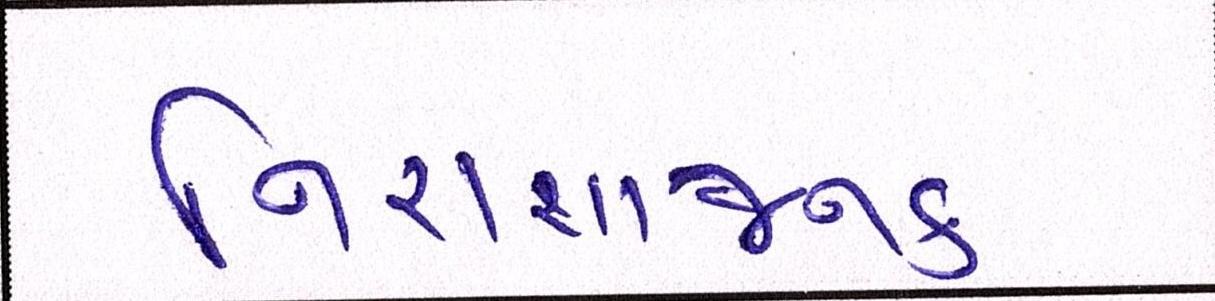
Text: નિરાશાજનક